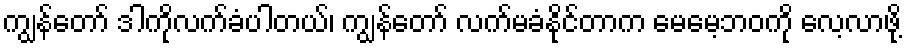
ကျွန်တော် ဒါကိုလက်ခံပါတယ်၊ ကျွန်တော် လက်မခံနိုင်တာက မေမေ့ဘဝကို လေ့လာဖို့